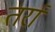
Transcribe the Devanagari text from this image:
तर्रा